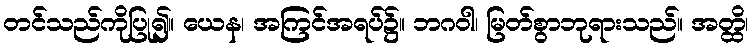
တင်သည်ကိုပြု၍။ ယေန၊ အကြင်အရပ်၌။ ဘဂဝါ၊ မြတ်စွာဘုရားသည်။ အတ္ထိ၊